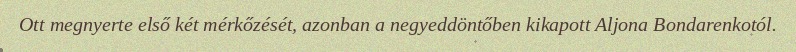
Ott megnyerte első két mérkőzését, azonban a negyeddöntőben kikapott Aljona Bondarenkotól.